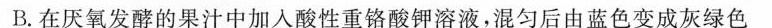
B.在厌氧发酵的果汁中加入酸性重铬酸钾溶液，混匀后由蓝色变成灰绿色